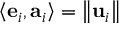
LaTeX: \left\langle \mathbf { e } _ { i } , \mathbf { a } _ { i } \right\rangle = \left\| \mathbf { u } _ { i } \right\|